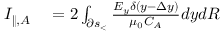
\begin{array} { r l } { I _ { \| , A } } & { { } = 2 \int _ { \partial s _ { < } } \frac { E _ { y } \delta ( y - \Delta y ) } { \mu _ { 0 } C _ { A } } d y d R } \end{array}